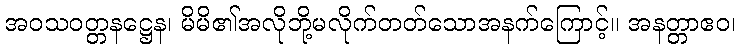
အဝသဝတ္တနဋ္ဌေန၊ မိမိ၏အလိုဘို့မလိုက်တတ်သောအနက်ကြောင့်။ အနတ္တာဧဝ၊